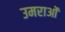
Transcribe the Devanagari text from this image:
उमराओं